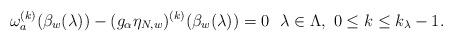
LaTeX: \begin{align*}\omega_a^{(k)}(\beta_w(\lambda))-(g_\alpha\eta_{N,w})^{(k)}(\beta_w(\lambda))=0 \ \ \lambda\in\Lambda, \ 0\leq k\leq k_\lambda-1.\end{align*}